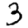
Digit: 3